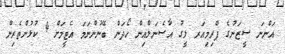
އަންނަ ސީޒަނުގެ ޕްރިމިއަރ ލީގު އާސެނަލްއިން ހޯދަން ބޭނުންނަމަ އެޓީމަށް 4 ކުޅުންތެރިން